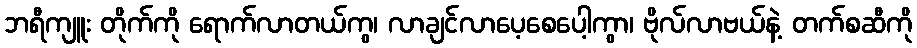
ဘရီကျူး တိုက်ကို ရောက်လာတယ်ကွ၊ လာချင်လာပေ့စေပေါ့ကွာ၊ ဗိုလ်လာဗယ်နဲ့ တက်စဆီကို